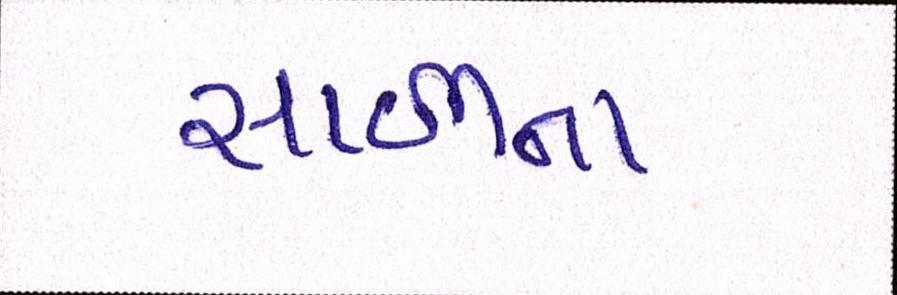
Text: સાળીના